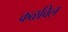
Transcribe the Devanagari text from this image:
कळविल